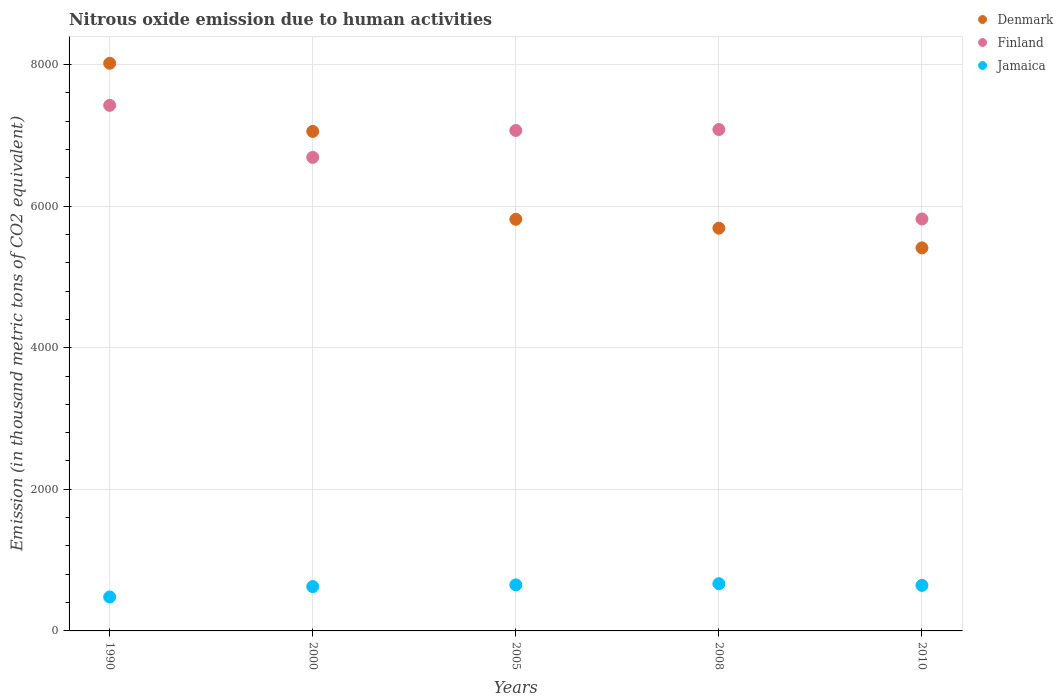
| Years | Denmark | Finland | Jamaica |
 | --- | --- | --- | --- |
 | 1990 | 8.02e+03 | 7.42e+03 | 479 |
 | 2000 | 7.05e+03 | 6.69e+03 | 626 |
 | 2005 | 5.81e+03 | 7.07e+03 | 650 |
 | 2008 | 5.69e+03 | 7.08e+03 | 667 |
 | 2010 | 5.41e+03 | 5.82e+03 | 643 |